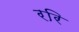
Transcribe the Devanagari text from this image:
ररि